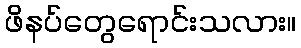
ဖိနပ်တွေရောင်းသလား။